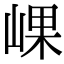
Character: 𡸖